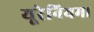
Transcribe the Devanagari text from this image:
यूरेनियम।